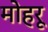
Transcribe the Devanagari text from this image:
मोहरू